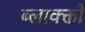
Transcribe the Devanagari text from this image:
ब्लाक्क्तों